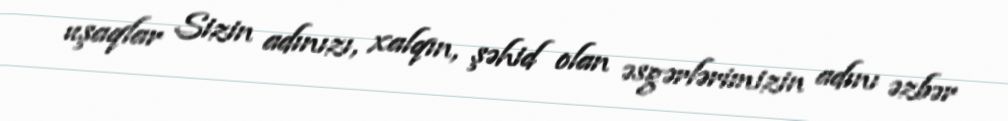
uşaqlar Sizin adınızı, xalqın, şəhid olan əsgərlərimizin adını əzbər